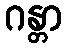
ဂန္တာ